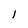
Character: 1